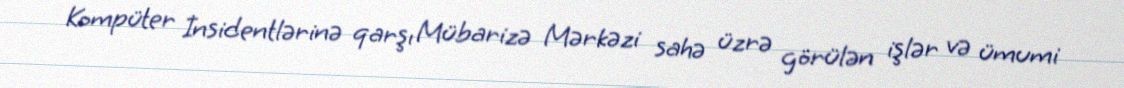
Kompüter İnsidentlərinə qarşı Mübarizə Mərkəzi sahə üzrə görülən işlər və ümumi